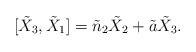
\begin{align*}[\tilde{X}_3 , \tilde{X}_1] = \tilde{n}_2\tilde{X}_2 +\tilde{a}\tilde{X}_3.\end{align*}